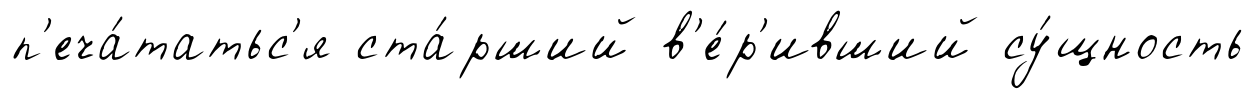
п'еча́татьс'я ста́рший в'е́р'ивший су́щность